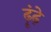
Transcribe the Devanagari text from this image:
ढ़ूंढ़े